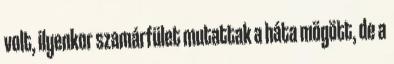
volt, ilyenkor szamárfület mutattak a háta mögött, de a